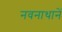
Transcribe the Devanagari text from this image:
नवनाथानें